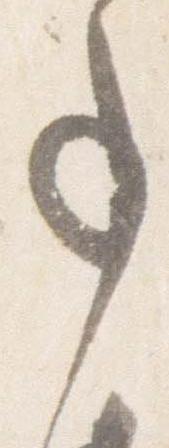
事